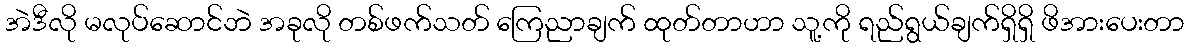
အဲဒီလို မလုပ်ဆောင်ဘဲ အခုလို တစ်ဖက်သတ် ကြေညာချက် ထုတ်တာဟာ သူ့ကို ရည်ရွယ်ချက်ရှိရှိ ဖိအားပေးတာ